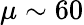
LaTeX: \mu\sim 60